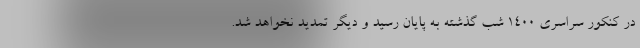
در کنکور سراسری ۱۴۰۰ شب گذشته به پایان رسید و دیگر تمدید نخواهد شد.